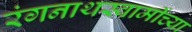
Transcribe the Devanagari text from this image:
रंगनाथस्वामींच्या